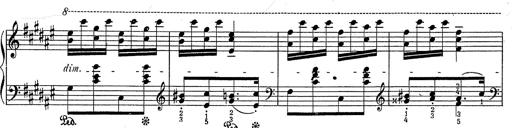
Title: Hungarian Rhapsody No.2
Composer: Franz Liszt
Key: C-sharp minor